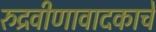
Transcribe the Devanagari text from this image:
रुद्रवीणावादकाचे